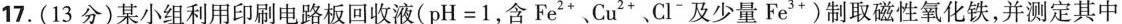
17.(13分)某小组利用印刷电路板回收液(pH=1，含Fe2*、Cu2*、Cl”及少量Fe3*)制取磁性氧化铁，并测定其中